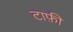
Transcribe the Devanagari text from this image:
टाफ़ी